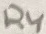
Text: R4